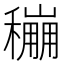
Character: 𥣌